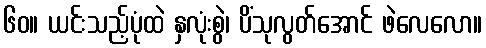
၆၀။ ယင်းသည့်ပုံထဲ နှလုံးစွဲ၊ ပိံသုလွတ်အောင် ဖဲလေလော။